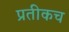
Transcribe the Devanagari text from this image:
प्रतीकच